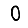
Digit: 0